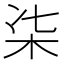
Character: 㭍